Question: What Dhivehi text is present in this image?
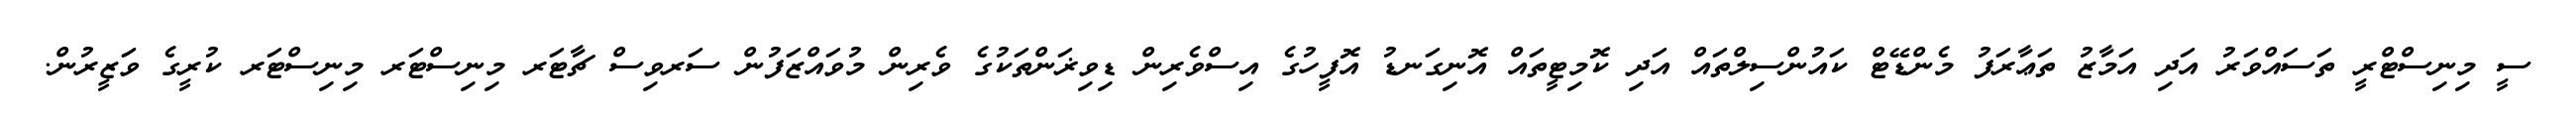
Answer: ސީ މިނިސްޓްރީ ތަސައްވަރު އަދި އަމާޒު ތަޢާރަފު މެންޑޭޓް ކައުންސިލްތައް އަދި ކޮމިޓީތައް އޮނިގަނޑު އޮފީހުގެ އިސްވެރިން ޑިވިޜަންތަކުގެ ވެރިން މުވައްޒަފުން ސަރވިސް ޗާޓަރ މިނިސްޓަރ މިނިސްޓަރ ކުރީގެ ވަޒީރުން.